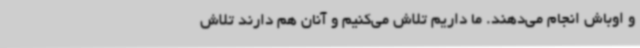
و اوباش انجام می‌دهند. ما داریم تلاش می‌کنیم و آنان هم دارند تلاش